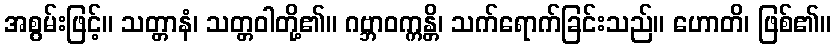
အစွမ်းဖြင့်။ သတ္တာနံ၊ သတ္တဝါတို့၏။ ဂဗ္ဘာဝက္ကန္တိ၊ သက်ရောက်ခြင်းသည်။ ဟောတိ၊ ဖြစ်၏။